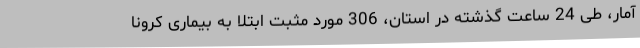
آمار، طی 24 ساعت گذشته در استان، 306 مورد مثبت ابتلا به بیماری کرونا